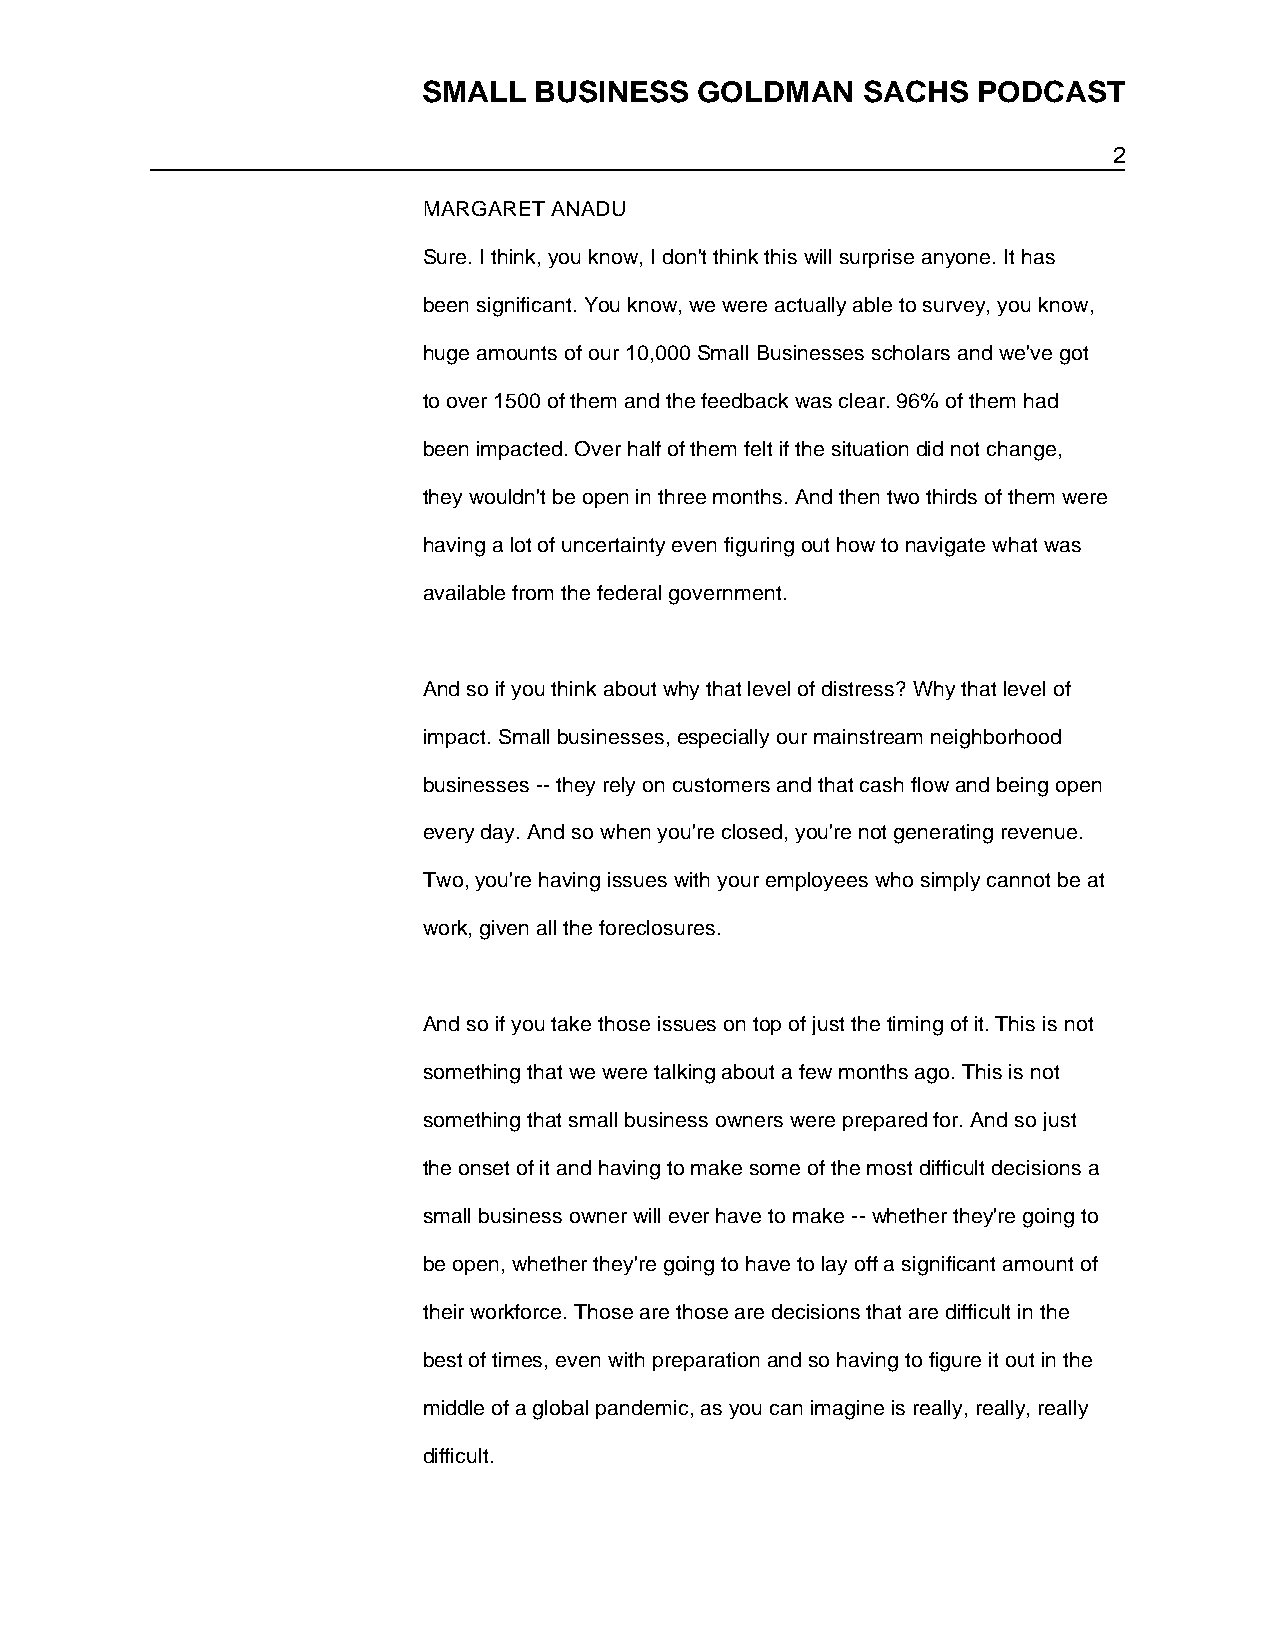
SMALL  BUSINESS   GOLDMAN    SACHS   PODCAST
 2
 MARGARET ANADU
 Sure. I think, you know, I don't think this will surprise anyone. It has
 been significant. You know, we were actually able to survey, you know,
 huge amounts of our 10,000 Small Businesses scholars and we've got
 to over 1500 of them and the feedback was clear. 96% of them had
 been impacted. Over half of them felt if the situation did not change,
 they wouldn't be open in three months. And then two thirds of them were
 having a lot of uncertainty even figuring out how to navigate what was
 available from the federal government.
 And so if you think about why that level of distress? Why that level of
 impact. Small businesses, especially our mainstream neighborhood
 businesses -- they rely on customers and that cash flow and being open
 every day. And so when you're closed, you're not generating revenue.
 Two, you're having issues with your employees who simply cannot be at
 work, given all the foreclosures.
 And so if you take those issues on top of just the timing of it. This is not
 something that we were talking about a few months ago. This is not
 something that small business owners were prepared for. And so just
 the onset of it and having to make some of the most difficult decisions a
 small business owner will ever have to make -- whether they're going to
 be open, whether they're going to have to lay off a significant amount of
 their workforce. Those are those are decisions that are difficult in the
 best of times, even with preparation and so having to figure it out in the
 middle of a global pandemic, as you can imagine is really, really, really
 difficult.